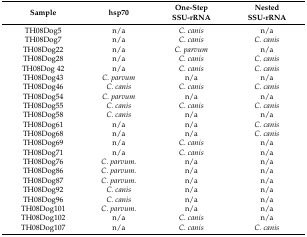
| Sample | hsp70 | One-Step SSU-rRNA | Nested SSU-rRNA |
 | --- | --- | --- | --- |
 | TH08Dog5 | n/a | C. canis | n/a |
 | TH08Dog7 | n/a | C. canis | C. canis |
 | TH08Dog22 | n/a | C. parvum | n/a |
 | TH08Dog28 | n/a | C. canis | C. canis |
 | TH08Dog 42 | n/a | C. canis | C. canis |
 | TH08Dog43 | C. parvum | n/a | n/a |
 | TH08Dog46 | C. canis | C. canis | C. canis |
 | TH08Dog54 | C. parvum | n/a | n/a |
 | TH08Dog55 | C. canis | C. canis | C. canis |
 | TH08Dog58 | C. canis | n/a | n/a |
 | TH08Dog61 | n/a | n/a | C. canis |
 | TH08Dog68 | n/a | n/a | C. canis |
 | TH08Dog69 | n/a | C. canis | n/a |
 | TH08Dog71 | n/a | C. canis | n/a |
 | TH08Dog76 | C. parvum. | n/a | n/a |
 | TH08Dog86 | C. parvum. | n/a | n/a |
 | TH08Dog87 | C. parvum. | n/a | n/a |
 | TH08Dog92 | C. canis | n/a | n/a |
 | TH08Dog96 | C. canis | n/a | n/a |
 | TH08Dog101 | C. parvum. | n/a | n/a |
 | TH08Dog102 | n/a | C. canis | n/a |
 | TH08Dog107 | n/a | C. canis | C. canis |